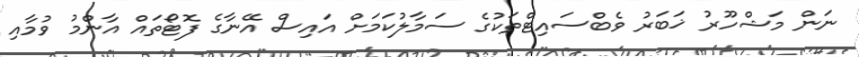
ނަން މަޝްހޫރު ޚަބަރު ވެބްސައިޓްތަކުގެ ސަމާލުކަމަށް އައިސް އޭނާގެ ފޮޓޯތައް އާންމު ވުމާއި